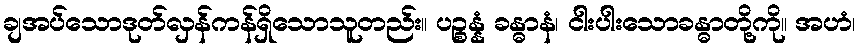
ချအပ်သောဒုတ်လှန်ကန်ရှိသောသူတည်း။ ပဉ္စန္နံ ခန္ဓာနံ၊ ငါးပါးသောခန္ဓာတို့ကို။ အဟံ၊